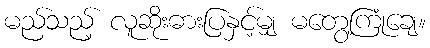
မည်သည့် လူဆိုးဓားပြနှင့်မျှ မတွေ့ကြုံချေ။